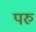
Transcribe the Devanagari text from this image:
परु